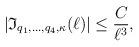
LaTeX: \begin{align*}|\mathfrak{I}_{q_1,\ldots, q_4, \kappa}(\ell)|\leq \frac{C}{\ell^ {3}},\end{align*}